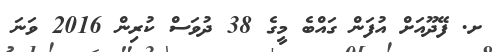
ށ. ފޭދޫއަށް އުފަން ގައްބެ މީގެ 38 ދުވަސް ކުރިން 2016 ވަނަ